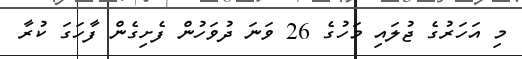
މި އަހަރުގެ ޖުލައި މަހުގެ 26 ވަނަ ދުވަހުން ފެށިގެން ފާހަގަ ކުރާ